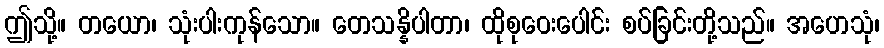
ဤသို့။ တယော၊ သုံးပါးကုန်သော။ တေသန္နိပါတာ၊ ထိုစုဝေးပေါင်း စပ်ခြင်းတို့သည်။ အဟေသုံ၊